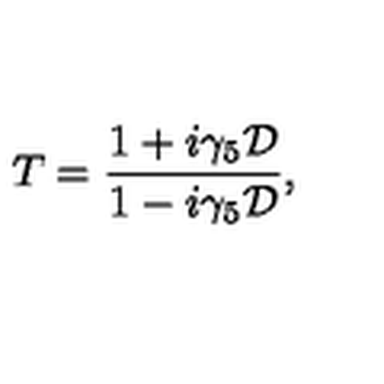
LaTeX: T = { \frac { 1 + i \gamma _ { 5 } { \cal D } } { 1 - i \gamma _ { 5 } { \cal D } } } ,